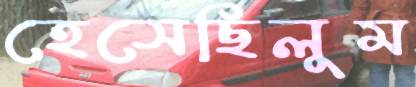
হেসেছিলুম